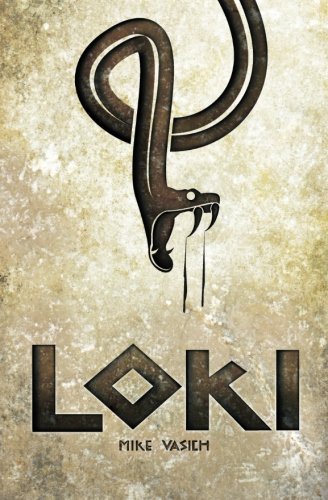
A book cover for Loki; Mike Vasich; Science Fiction & Fantasy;